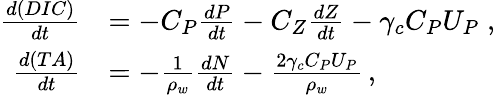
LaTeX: \begin{array}{rl}{\frac{d(DIC)}{dt}}&{=-C_{P}\frac{dP}{dt}-C_{Z}\frac{dZ}{dt}-\gamma_{c}C_{P}U_{P}\; ,}\\ {\frac{d(TA)}{dt}}&{=-\frac{1}{\rho_{w}}\frac{dN}{dt}-\frac{2\gamma_{c}C_{P}U_{P}}{\rho_{w}}\, ,}\end{array}